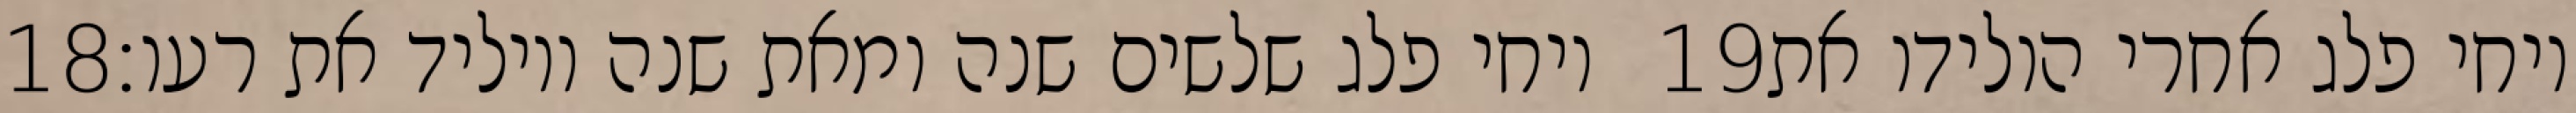
‎18‏ ויחי פלג שלשים שנה ומאת שנה ויוליד את רעו׃ ‎19‏ ויחי פלג אחרי הולידו את